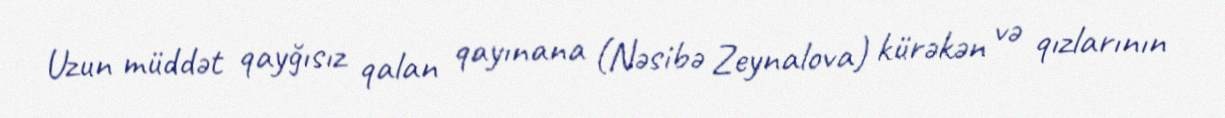
Uzun müddət qayğısız qalan qayınana (Nəsibə Zeynalova) kürəkən və qızlarının